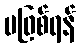
မဖြစ်ရန်